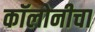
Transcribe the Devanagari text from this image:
कॉलोनीचा